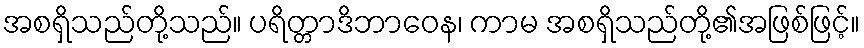
အစရှိသည်တို့သည်။ ပရိတ္တာဒိဘာဝေန၊ ကာမ အစရှိသည်တို့၏အဖြစ်ဖြင့်။